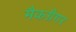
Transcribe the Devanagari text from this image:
मैकग्रैगर